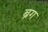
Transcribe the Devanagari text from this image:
ब्रग